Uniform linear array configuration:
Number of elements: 8
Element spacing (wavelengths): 0.75
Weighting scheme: binomial
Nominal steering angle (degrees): -45
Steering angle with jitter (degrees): -43.7
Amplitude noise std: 0.05
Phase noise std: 0.05

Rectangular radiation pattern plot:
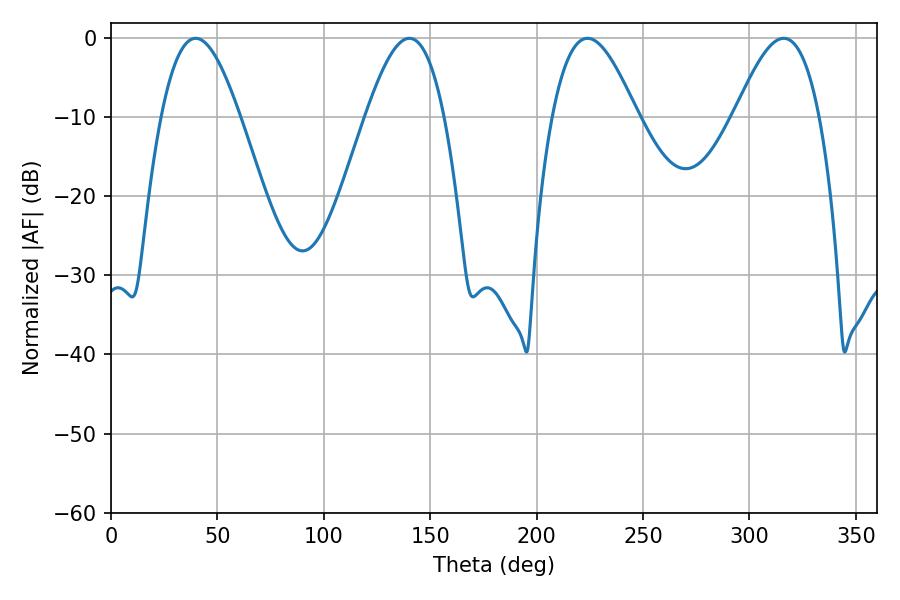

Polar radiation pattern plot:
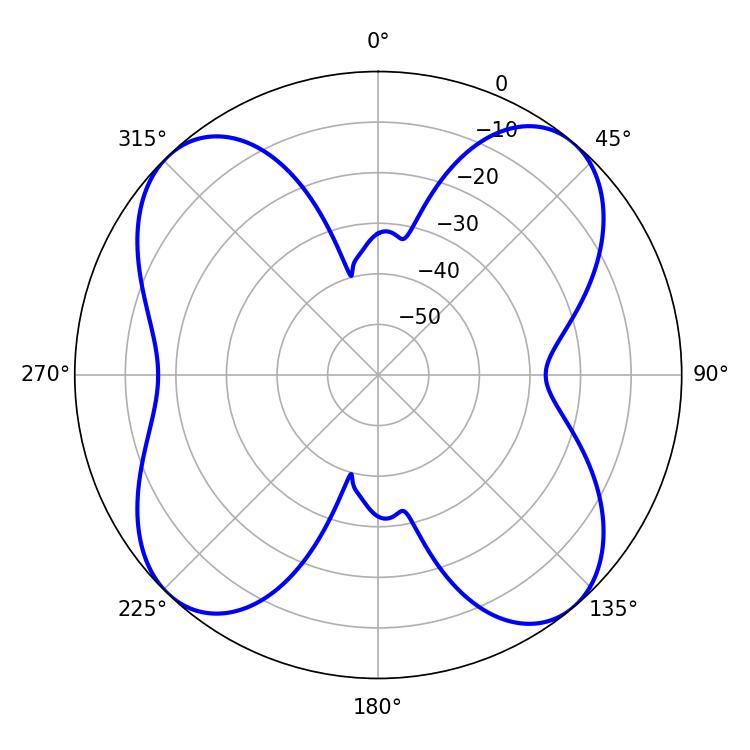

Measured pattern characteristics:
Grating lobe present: TRUE
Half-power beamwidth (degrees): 19.98
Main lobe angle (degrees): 39.78